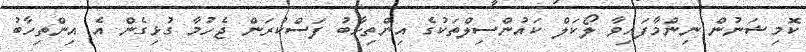
ކޮމިޝަނުން ނިންމާފައިވާ ލޯކަލް ކައުންސިލްތަކުގެ އިންތިހާބު ފަސްކުރަން ޖެހުމާ ގުޅިގެން އެ އިންތިހާބު